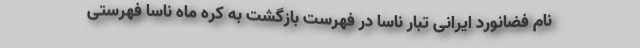
نام فضانورد ایرانی تبار ناسا در فهرست بازگشت به کره ماه ناسا فهرستی